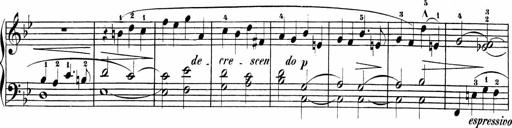
Title: Sonatinas
Composer: Andrew Violette